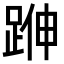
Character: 𨁬